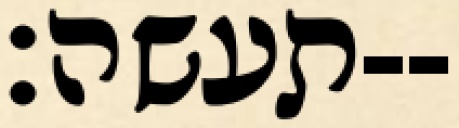
תעשה׃--